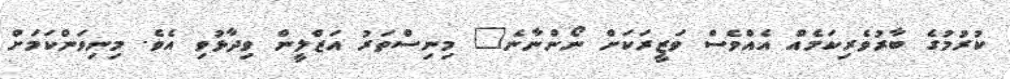
ކުރުމުގެ ބާރުވެރިކަމެއް އެއްވެސް ވަޒީރަކަށް ނޯންނާނެ" މިނިސްތަރު އަޒްލީން ވިދާޅުވި އެވެ. މިނިވަންކަމަށް